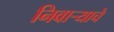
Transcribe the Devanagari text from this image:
निवाऱ्याचे